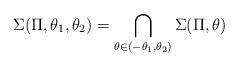
LaTeX: \begin{align*}\Sigma(\Pi,\theta_1,\theta_2)= \bigcap_{\theta\in(-\theta_1,\theta_2)}\Sigma(\Pi,\theta)\end{align*}